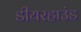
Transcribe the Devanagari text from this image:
डीयरहाउंड